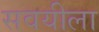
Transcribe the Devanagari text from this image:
सवयीला